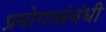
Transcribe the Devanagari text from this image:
प्रयोगासंबंधी